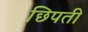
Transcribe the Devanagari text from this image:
छिपती